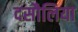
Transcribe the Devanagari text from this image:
दसौलिया